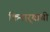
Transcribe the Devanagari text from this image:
किनार्‍याची